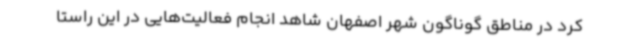
کرد در مناطق گوناگون شهر اصفهان شاهد انجام فعالیت‌هایی در این راستا